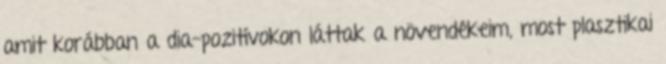
amit korábban a dia-pozitívokon láttak a növendékeim, most plasztikai